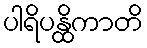
ပါရိပန္ထိကာတိ